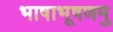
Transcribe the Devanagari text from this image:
भाषाभूषणमु